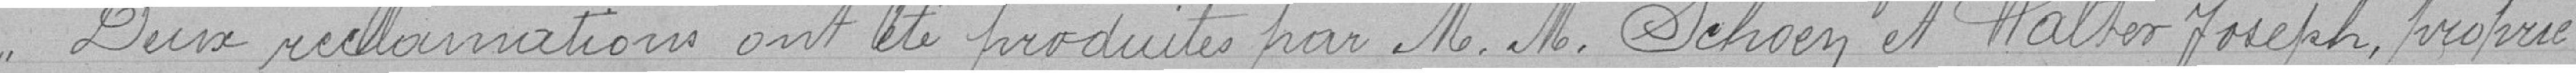
Deux réclamations ont été produites par Messieurs Schoen et Walber Joseph, proprié-